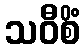
သဝီစိံ